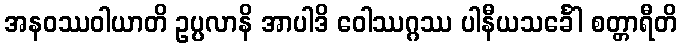
အနဝဿဝါယာတိ ဥပ္ပလာနိ အာပါဒိ ဝေါဿဂ္ဂဿ ပါနီယသင်္ခေါ စတ္တာရီတိ